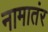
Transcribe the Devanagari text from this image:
नामातंर